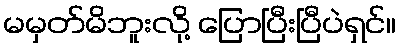
မမှတ်မိဘူးလို့ ပြောပြီးပြီပဲရှင်။